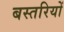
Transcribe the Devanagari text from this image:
बस्तरियों